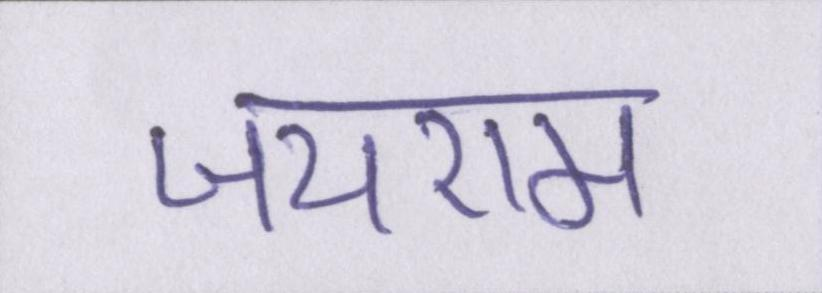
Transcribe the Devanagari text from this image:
जयराम